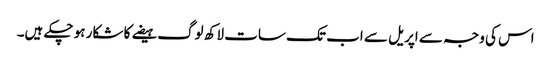
اس کی وجہ سے اپریل سے اب تک سات لاکھ لوگ ہیضے کا شکار ہو چکے ہیں۔